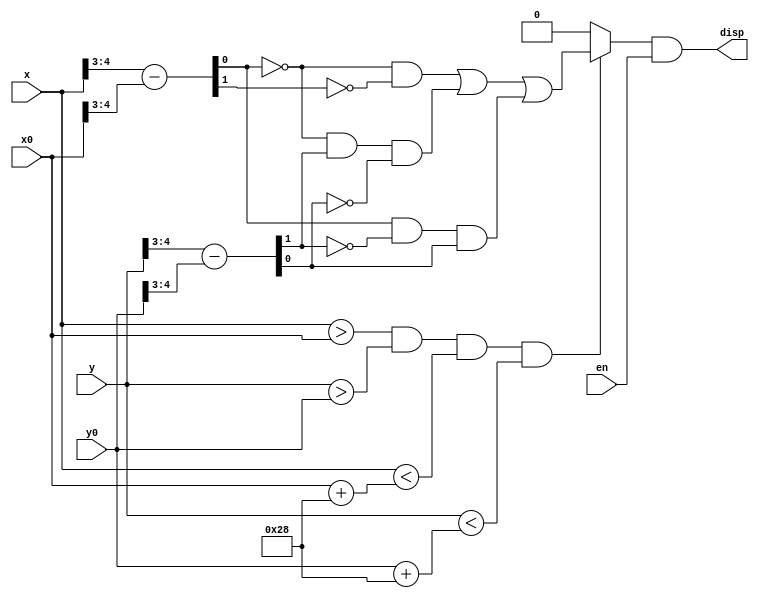
`timescale 1ns / 1ps

module M(
	input [9:0]x,y,x0,y0,
	input en,
	output disp
);

	wire [2:0] x_diff,y_diff;
	wire check;
	
	assign x_diff = x[5:3] - x0[5:3];
	assign y_diff = y[5:3] - y0[5:3];	
	
	assign check = (x>x0 && y>y0 && x < (x0 + 10'b0000101000) && y < (y0 + 10'b0000101000))?(~x_diff[0]&~x_diff[1])|(~x_diff[0]&y_diff[1]&~y_diff[0])|(x_diff[0]&~y_diff[1]&y_diff[0]):0;

    assign disp = check&en;
		
endmodule